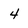
Character: 4